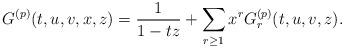
LaTeX: \begin{align*}G^{(p)}(t,u,v,x,z)=\frac{1}{1-tz}+\sum_{r\geq 1}x^r G^{(p)}_r(t,u,v,z).\end{align*}